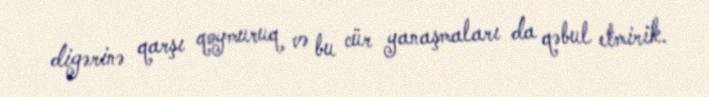
digərinə qarşı qoymuruq və bu cür yanaşmaları da qəbul etmirik.